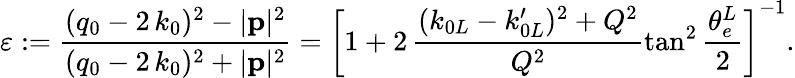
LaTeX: \varepsilon:=\frac{(q_{0}-2\, k_{0})^{2}-|{\mathbf p}|^{2}}{(q_{0}-2\, k_{0})^{2}+|{\mathbf p}|^{2}}=\left[1+2\, \frac{(k_{0L}-k_{0L}^{\prime})^{2}+Q^{2}}{Q^{2}}\tan^{2}{\frac{\theta_{e}^{L}}{2}}\right]^{-1}.